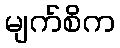
မျက်စိက